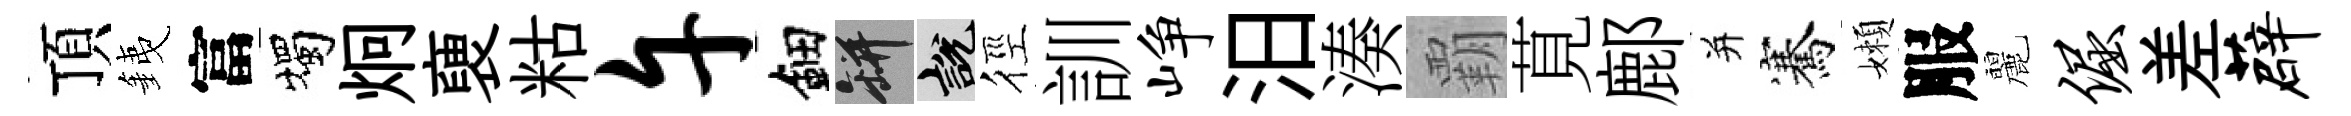
頂銕富燭炯褏䊀午鈿瓶説徑訓峥汨湊覇莧鄜并騫嬾服麗倔差薜